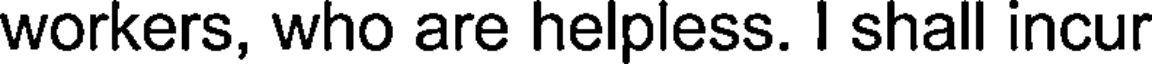
workers, who are helpless. I shall incur